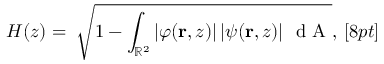
H ( z ) = \; \sqrt { 1 - \int _ { \mathbb { R } ^ { 2 } } \left| \varphi ( { \bf r } , z ) \right| \left| \psi ( { \bf r } , z ) \right| \, \mathrm { ~ d ~ A ~ } } , \, [ 8 p t ]